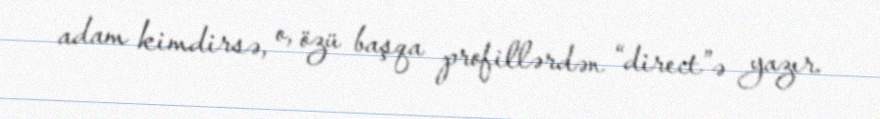
adam kimdirsə, o, özü başqa profillərdən “direct”ə yazır.